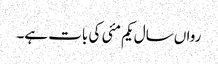
رواں سال یکم مئی کی بات ہے۔